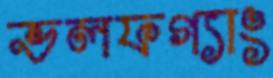
ভলফগ্যাং